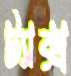
ট্যাক্স